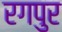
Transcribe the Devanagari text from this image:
रगपुर